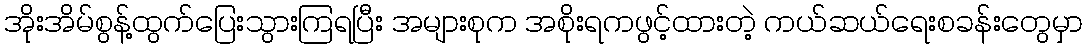
အိုးအိမ်စွန့်ထွက်ပြေးသွားကြရပြီး အများစုက အစိုးရကဖွင့်ထားတဲ့ ကယ်ဆယ်ရေးစခန်းတွေမှာ